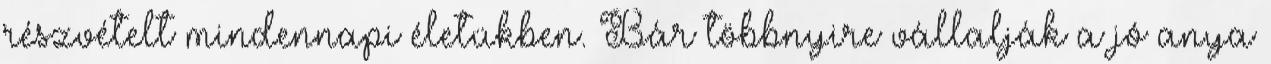
részvételt mindennapi életükben. Bár többnyire vállalják a jó anya